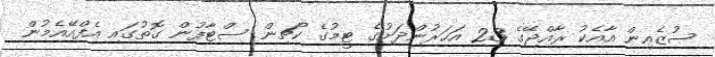
ސުޒެއިން އާއެކު ރާއްޖޭގެ 23 އަހަރުންދަށުގެ ޓީމުގެ ކޯޗިން ސްޓާފުން ގޮތުގައި އެފްއޭއެމުން